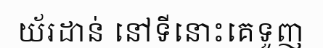
យ័រដាន់ នៅទីនោះគេទួញ